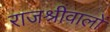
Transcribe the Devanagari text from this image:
राजश्रीवालों